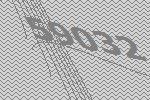
59032